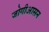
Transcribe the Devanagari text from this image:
जोगीआसन